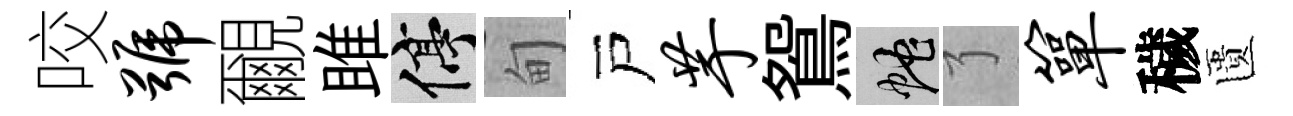
咬号覼雎停甸戸芋鴛蛇了箪穢匱